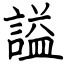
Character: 謚